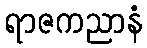
ရာဇကညာနံ